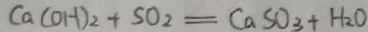
C a ( O H ) _ { 2 } + S O _ { 2 } = C a S O _ { 3 } + H _ { 2 } O